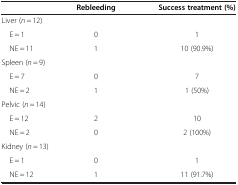
<table><thead><tr><td><b> </b></td><td><b>Rebleeding</b></td><td><b>Success treatment (%)</b></td></tr></thead><tbody><tr><td colspan="3">Liver (<i>n</i> = 12)</td></tr><tr><td> E = 1</td><td>0</td><td>1</td></tr><tr><td> NE = 11</td><td>1</td><td>10 (90.9%)</td></tr><tr><td colspan="3">Spleen (<i>n</i> = 9)</td></tr><tr><td> E = 7</td><td>0</td><td>7</td></tr><tr><td> NE = 2</td><td>1</td><td>1 (50%)</td></tr><tr><td colspan="3">Pelvic (<i>n</i> = 14)</td></tr><tr><td> E = 12</td><td>2</td><td>10</td></tr><tr><td> NE = 2</td><td>0</td><td>2 (100%)</td></tr><tr><td colspan="3">Kidney (<i>n</i> = 13)</td></tr><tr><td> E = 1</td><td>0</td><td>1</td></tr><tr><td> NE = 12</td><td>1</td><td>11 (91.7%)</td></tr></tbody></table>